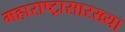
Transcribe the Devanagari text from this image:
महाराष्ट्रासारख्‍या